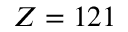
Z = 1 2 1